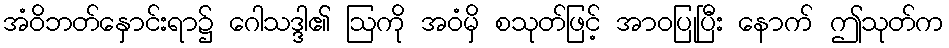
အံဝိဘတ်နှောင်းရာ၌ ဂေါသဒ္ဒါ၏ ဩကို အဝံမှိ စသုတ်ဖြင့် အာဝပြုပြီး နောက် ဤသုတ်က